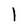
Character: l